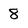
Character: 8